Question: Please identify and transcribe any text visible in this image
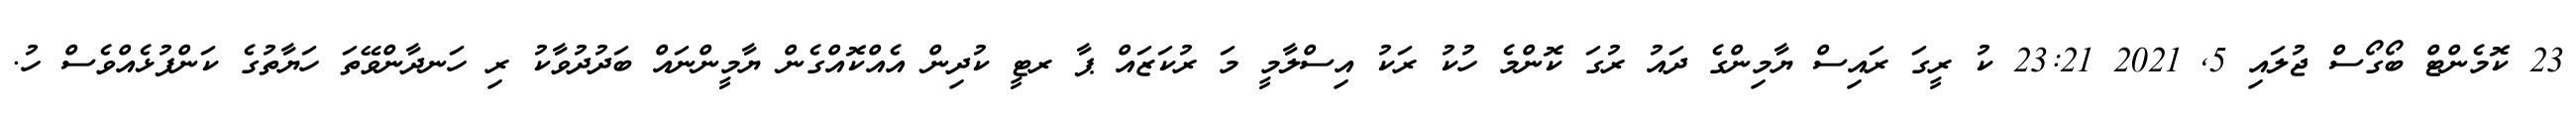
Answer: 23 ކޮމެންޓް ބޯގޯސް ޖުލައި 5, 2021 23:21 ކު ރީގަ ރައިސް ޔާމިންގެ ދައު ރުގަ ކޮންމެ ހުކު ރަކު އިސްލާމީ މަ ރުކަޒައް ޕާ ރޓީ ކުދިން އެއްކޮއްގެން ޔާމީންނައް ބަދުދުވާކު ރި ހަނދާންވޭތަ ހަޔާތުގެ ކަންފުޅެއްވެސް ހު.